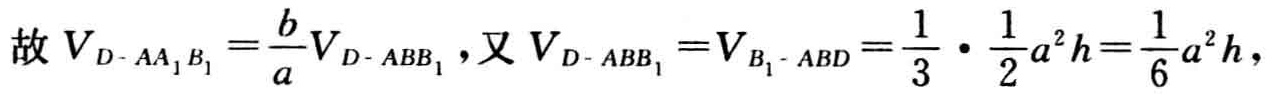
故 \(V_{D - AA_{1}B_{1}}=\frac{b}{a}V_{D - ABB_{1}}\)，又 \(V_{D - ABB_{1}}=V_{B_{1} - ABD}=\frac{1}{3}\cdot\frac{1}{2}a^{2}h=\frac{1}{6}a^{2}h\)，